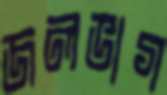
জলভাগ